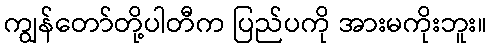
ကျွန်တော်တို့ပါတီက ပြည်ပကို အားမကိုးဘူး။